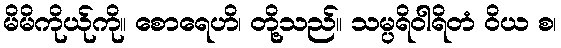
မိမိကိုယ်ုကို။ စောရေဟိ၊ တို့သည်။ သမ္ပရိဝါရိတံ ဝိယ စ၊